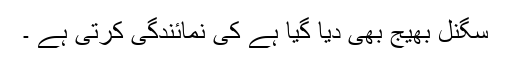
سگنل بھیج بھی دیا گیا ہے کی نمائندگی کرتی ہے ۔